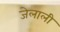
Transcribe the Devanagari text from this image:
जेलाली